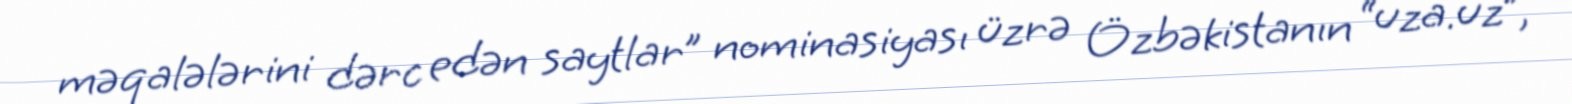
məqalələrini dərc edən saytlar” nominasiyası üzrə Özbəkistanın “uza.uz”,